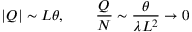
| Q | \sim L \theta , \ \ \ \ \ \ \frac { Q } { N } \sim \frac { \theta } { \lambda L ^ { 2 } } \rightarrow 0